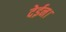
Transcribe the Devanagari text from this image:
देईन।